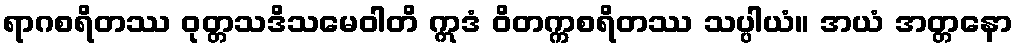
ရာဂစရိတဿ ဝုတ္တသဒိသမေဝါတိ ဣဒံ ဝိတက္ကစရိတဿ သပ္ပါယံ။ အယံ အတ္တနော